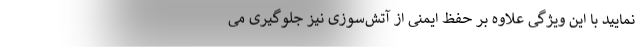
نمایید با این ویژگی علاوه بر حفظ ایمنی از آتش‌سوزی نیز جلوگیری می